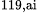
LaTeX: ^\textrm{\scriptsize 119,ai}